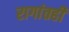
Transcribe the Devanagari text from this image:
रागांतही